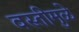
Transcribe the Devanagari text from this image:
वस्तीमुळे